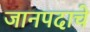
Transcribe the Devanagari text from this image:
जानपदाचे